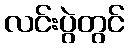
လင်းပွဲတွင်